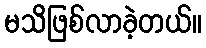
မသိဖြစ်လာခဲ့တယ်။